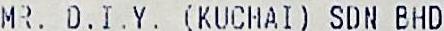
MR. D.I.Y. (KUCHAI) SDN BHD